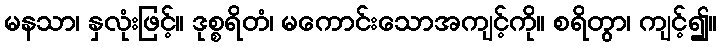
မနသာ၊ နှလုံးဖြင့်။ ဒုစ္စရိတံ၊ မကောင်းသောအကျင့်ကို။ စရိတွာ၊ ကျင့်၍။